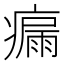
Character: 瘺